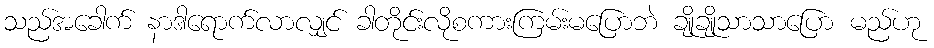
သည်အခေါက် နာဒါရောက်လာလျှင် ခါတိုင်းလိုစကားကြမ်းမပြောဘဲ ချိုချိုသာသာပြော မည်ဟု